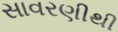
સાવરણીથી